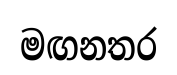
මඟනතර